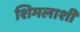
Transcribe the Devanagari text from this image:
शिमलाशी